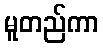
မူတည်ကာ